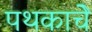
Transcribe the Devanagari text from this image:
पथकाचेे